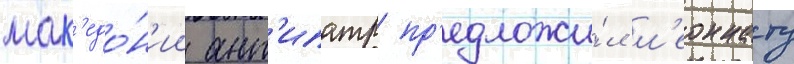
мак'едо́н'ии ант'ипатр пр'едложи́л л'еоннату